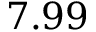
7 . 9 9